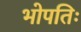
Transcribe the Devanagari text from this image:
भोपतिः